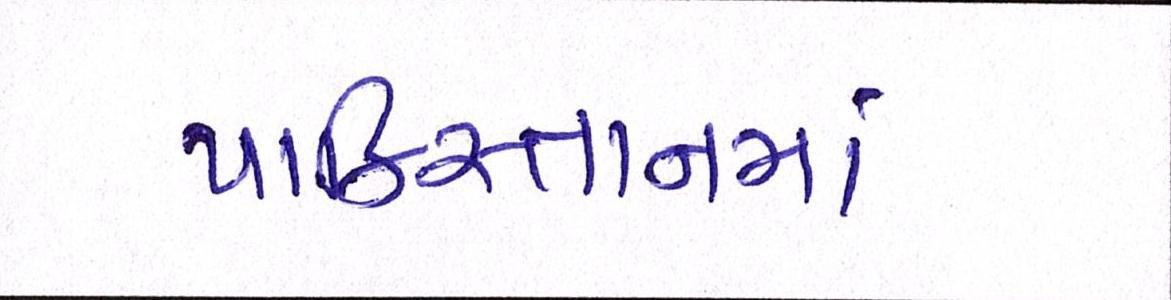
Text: પાકિસ્તાનમાં